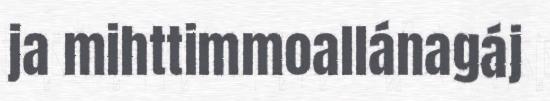
ja mihttimmoallánagáj